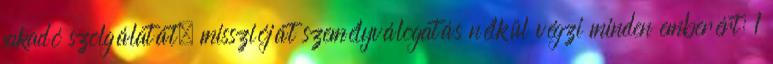
fakadó szolgálatát, misszióját személyválogatás nélkül végzi minden emberért: 1